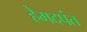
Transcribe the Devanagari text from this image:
हेमदपंत